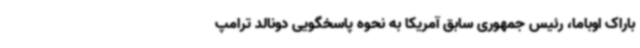
باراک اوباما، رئیس جمهوری سابق آمریکا به نحوه پاسخگویی دونالد ترامپ